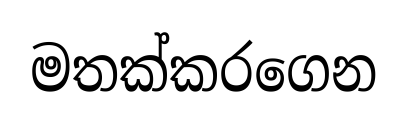
මතක්කරගෙන